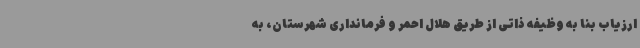
ارزیاب بنا به وظیفه ذاتی از طریق هلال احمر و فرمانداری شهرستان، به